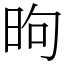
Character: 昫